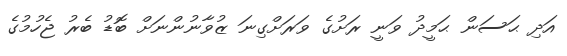
އަދި ޙަސަން ޙަމީދު ވަނީ ރަށުގެ ވަރަށްގިނަ ޒުވާނުންނަށް ބޮޑު ބެރު ޖެހުމުގެ